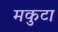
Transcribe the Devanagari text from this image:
मकुटा